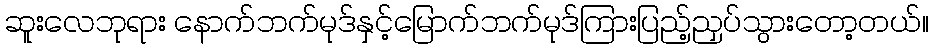
ဆူးလေဘုရား နောက်ဘက်မုဒ်နှင့်မြောက်ဘက်မုဒ်ကြားပြည့်ညှပ်သွားတော့တယ်။